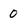
Character: 0